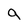
Character: g